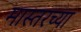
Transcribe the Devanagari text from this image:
मास्तरच्या